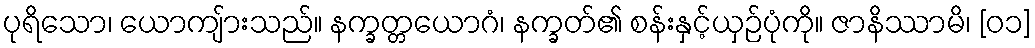
ပုရိသော၊ ယောကျ်ားသည်။ နက္ခတ္တယောဂံ၊ နက္ခတ်၏ စန်းနှင့်ယှဉ်ပုံကို။ ဇာနိဿာမိ၊ [၀၁]